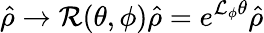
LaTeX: \hat{\rho}\rightarrow\mathcal{R}(\theta,\phi)\hat{\rho}=e^{\mathcal{L}_{\phi}\theta}\hat{\rho}